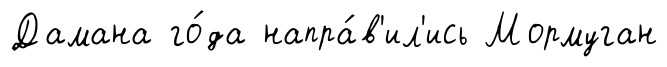
Дамана го́да напра́в'ил'ись Мормуган